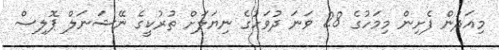
މިއަދުން ފެށިން މިމަހުގެ 28 ވަނަ ދުވަހުގެ ނިޔަލަށް ތުރުކީގެ ނޭޝަނަލް ޕޮލިސް